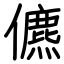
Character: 儦